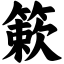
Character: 簌